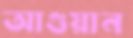
আগুয়ান